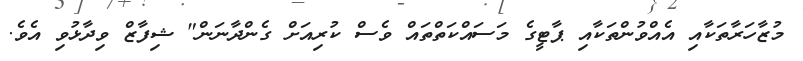
މުޒާހަރާތަކާއި އެއްވުންތަކާއި ޕާޓީގެ މަސައްކަތްތައް ވެސް ކުރިއަށް ގެންދާނަން" ޝިފާޒް ވިދާޅުވި އެވެ.